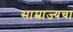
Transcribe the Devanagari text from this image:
साम्राज्यचा